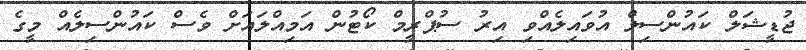
ޖުޑީޝަލް ކައުންސިލް އުވައިލެއްވި އިރު ސުޕްރީމް ކޯޓުން އަމިއްލައަށް ވެސް ކައުންސިލެއް މީގެ